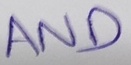
Text: AND